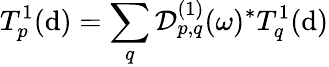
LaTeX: T_{p}^{1}(\mathrm{d})=\sum_{q}\mathcal{{D}}_{p,q}^{(1)}(\omega)^{*}T_{q}^{1}(\mathrm{d})